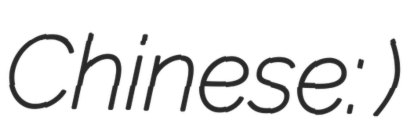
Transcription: Chinese: 葛存壯)